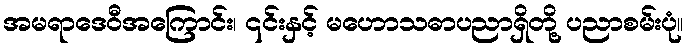
အမရာဒေဝီအကြောင်း၊ ၎င်းနှင့် မဟောသဓာပညာရှိတို့ ပညာစမ်းပုံ။